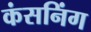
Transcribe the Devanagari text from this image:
कंसनिंग